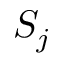
S _ { j }